system: You are a helpful assistant.
user:
Analyze the provided spectrum to determine if it is a **M-type Giant (gM)**.

A M-type Giant spectrum is defined by its **strong molecular absorption** features, particularly from **Titanium Oxide (TiO)**. You must check for one of the following mutually exclusive signatures:

- **Key Visual Indicators (Absorption-Dominated Spectrum):**

    - **(Primary):** The spectrum is dominated by strong molecular absorption from **Titanium Oxide (TiO)**. This is the **defining feature** of its M-type temperature class.
        - **(Key Bandheads):** Look for sharp, "saw-tooth" absorption valleys. The strongest are located near **~7050 Å**, **~6160 Å**, and **~5170 Å**.
        - **(Line Profile):** The "saw-tooth" morphology is critical: a **sharp, steep drop on the BLUE (short-wavelength) side** of the bandhead, followed by a gradual recovery (rising flux) towards the RED (long-wavelength) side.

    - **(Key Confirmation - Giant vs. Dwarf):** **ABSENCE** of strong **Calcium Hydride (CaH)** molecular bands. This is the primary diagnostic for *excluding* M-dwarfs.
        - **(Key Region):** The spectrum should lack the strong, broad absorption band seen in dwarfs between **~6800 Å and ~7000 Å**.

    - **(Secondary Confirmation - Giant):** A very strong and broad **Neutral Calcium (Ca I)** atomic absorption line.
        - **(Key Line):** Located at **~4226 Å**. In a giant (gM), this line is significantly deeper and broader than the same line in an M-dwarf (dM) due to low surface gravity.

    - **(Overall Spectrum):**
        - The continuum is **extremely red-sloping** (i.e., flux is very low in the blue and rises dramatically towards the red).
        - The entire spectrum appears "chopped up" by the deep TiO bands.

Think first, call **spectral_visualization_tool** if needed to examine features in detail, then provide your final answer. Your response must adhere to the following strict rules:
1.  **Overall Structure:** Your response must follow the format `<think>...</think> <tool_call>...</tool_call> (if a tool is used) <answer>...</answer>`.
2.  **Tool Usage Constraint:** You may only make **one** tool call per turn.
3.  **Final Answer Format:** In the `<answer>` tag, your conclusion must be inside a `\boxed{}` command (e.g., `\boxed{YES}` or `\boxed{NO}`), followed by your justification.

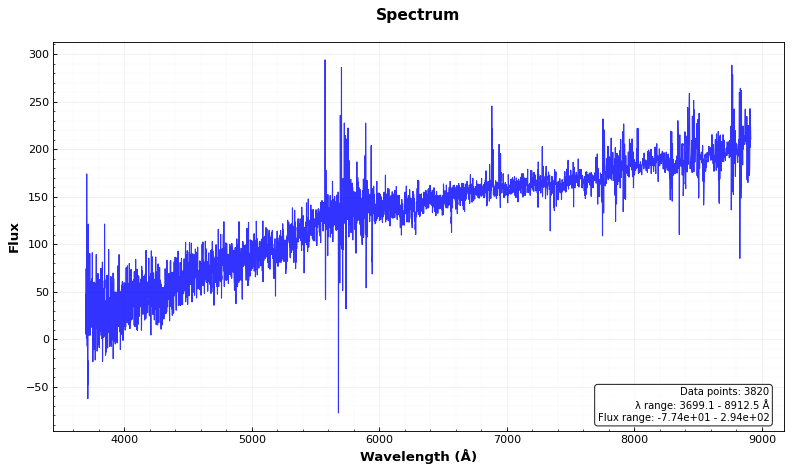
Answer: NO